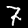
Digit: 7